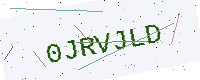
Text: 0JRVJLD